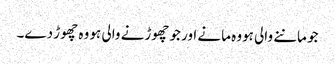
جو ماننے والی ہووہ مانے اور جو چھوڑنے والی ہو وہ چھوڑ دے۔